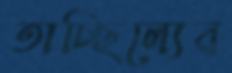
তাচ্ছিল্যের